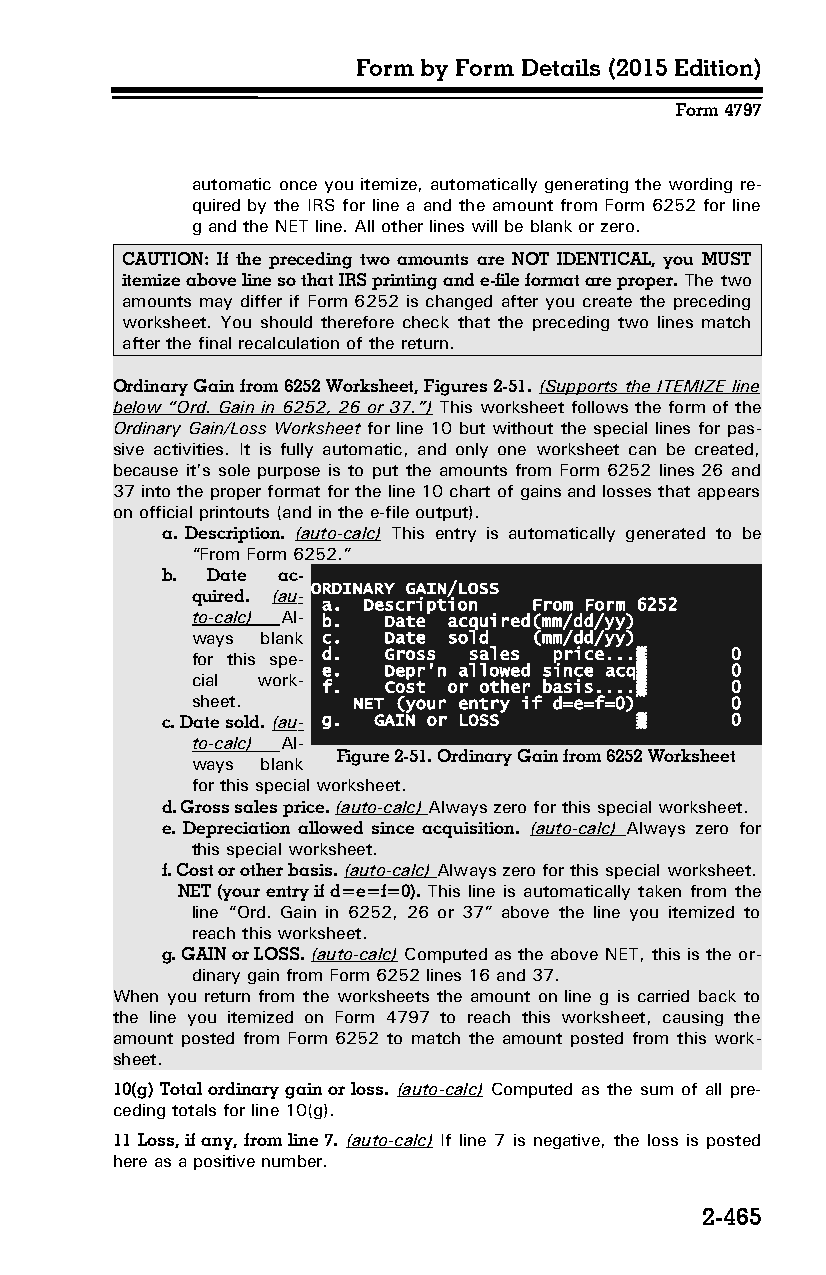
Form by Form Details (2015 Edition)
 Form 4797
 automatic once you itemize, automatically generating the wording re­
 quired by the IRS for line a and the amount from Form 6252 for line
 g and the NET line. All other lines will be blank or zero.
 CAUTION: If the preceding two amounts are NOT IDENTICAL, you MUST
 itemize above line so that IRS printing and e-file format are proper. The two
 amounts may differ if Form 6252 is changed after you create the preceding
 worksheet. You should therefore check that the preceding two lines match
 after the final recalculation of the return.
 Ordinary Gain from 6252 Worksheet, Figures 2-51. (Supports the ITEMIZE line
 below “Ord. Gain in 6252, 26 or 37.”) This worksheet follows the form of the
 Ordinary Gain/Loss Worksheet for line 10 but without the special lines for pas­
 sive activities. It is fully automatic, and only one worksheet can be created,
 because it’s sole purpose is to put the amounts from Form 6252 lines 26 and
 37 into the proper format for the line 10 chart of gains and losses that appears
 on official printouts (and in the e-file output).
 a. Description. (auto-calc) This entry is automatically generated to be
 “From Form 6252.”
 b. Date ac­
 ORDINARY GAIN/LOSS
 quired. (au­
 a. Description From Form 6252
 to-calc) Al­ b. Date acquired(mm/dd/yy)
 ways blank c. Date sold (mm/dd/yy)
 for this spe­ d. Gross sales price...▒ 0
 e.  Depr'n allowed since acq▒ 0
 cial work­
 f.  Cost or other basis....▒ 0
 sheet.    NET (your entry if d=e=f=0) 0
 c. Date sold. (au­ g. GAIN or LOSS ▒ 0
 to-calc) Al­
 Figure 2-51. Ordinary Gain from 6252 Worksheet
 ways blank
 for this special worksheet.
 d. Gross sales price. (auto-calc) Always zero for this special worksheet.
 e. Depreciation allowed since acquisition. (auto-calc) Always zero for
 this special worksheet.
 f. Cost or other basis. (auto-calc) Always zero for this special worksheet.
 NET (your entry if d=e=f=0). This line is automatically taken from the
 line “Ord. Gain in 6252, 26 or 37” above the line you itemized to
 reach this worksheet.
 g. GAIN or LOSS. (auto-calc) Computed as the above NET, this is the or­
 dinary gain from Form 6252 lines 16 and 37.
 When you return from the worksheets the amount on line g is carried back to
 the line you itemized on Form 4797 to reach this worksheet, causing the
 amount posted from Form 6252 to match the amount posted from this work­
 sheet.
 10(g) Total ordinary gain or loss. (auto-calc) Computed as the sum of all pre­
 ceding totals for line 10(g).
 11 Loss, if any, from line 7. (auto-calc) If line 7 is negative, the loss is posted
 here as a positive number.
 2-465